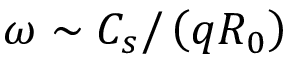
\omega \sim C _ { s } / \left( q R _ { 0 } \right)